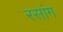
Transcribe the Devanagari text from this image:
रसांग